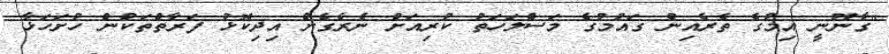
"ގާނޫނީ އިމުގެ ތެރެއިން ގައުމުގެ މަސްލަހަތު ކުރިއަށް ނެރެގެން އިދިކޮޅު ފަރާތްތަކުން ހުށަހަޅާ